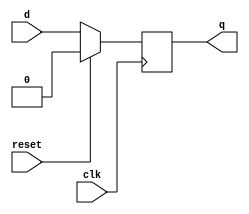
module D(d,reset,clk,q);
input d;
input clk;
input reset;
output q;
reg q;
initial q = 1'b1;
always @(posedge clk)
begin
if(reset==0)
q <= d;
else
q <= 1'b0;
end
endmodule

module D2(d,clk,q);
input d;
input clk;
output q;
reg q;
initial
q = 1'b0;
always @(posedge clk)
q <= d;
endmodule

module Ring_B();
reg clk;
reg reset;
wire [3:0]q;
initial
begin
reset = 1;
clk = 0;
#45 reset = 0;
end

D ini(q[3],reset,clk,q[0]);  // for first FF
D2 rest1(q[0],clk,q[1]);      //***
D2 rest2(q[1],clk,q[2]);          // * These are rest FFs
D2 rest3(q[2],clk,q[3]);      //***
always
#5 clk = !clk ;
endmodule